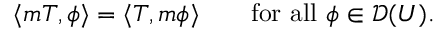
\langle m T , \phi \rangle = \langle T , m \phi \rangle \qquad { \mathrm { f o r ~ a l l ~ } } \phi \in { \mathcal { D } } ( U ) .